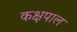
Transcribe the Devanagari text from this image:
कक्षपाल